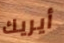
أيريك